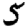
Digit: 5